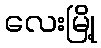
လေးမြို့